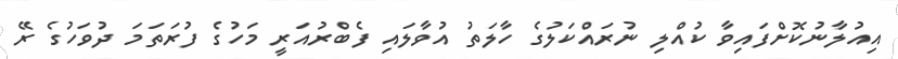
އިއުލާނުކޮށްފައިވާ ކުއްލި ނުރައްކަލުގެ ހާލަތު އުވާލައި ފެބްރުއަރީ މަހުގެ ފުރަތަމަ ދުވަހުގެ ރޭ